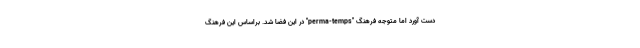
دست آورد اما متوجه فرهنگ "perma-temps" در این فضا شد. براساس این فرهنگ